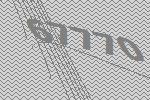
67770